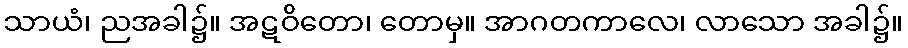
သာယံ၊ ညအခါ၌။ အဋဝိတော၊ တောမှ။ အာဂတကာလေ၊ လာသော အခါ၌။